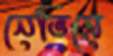
নেভিসে